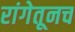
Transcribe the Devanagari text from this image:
रांगेतूनच